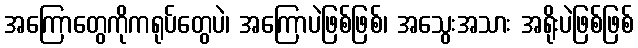
အကြောတွေကိုကရုပ်တွေပဲ၊ အကြောပဲဖြစ်ဖြစ်၊ အသွေးအသား အရိုးပဲဖြစ်ဖြစ်